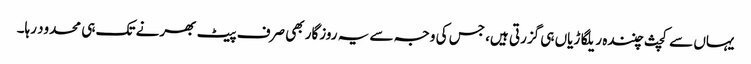
یہاں سے کچث چنندہ ریلگاڑیاں ہی گزرتی ہیں، جس کی وجہ سے یہ روزگار بھی صرف پیٹ بھرنے تک ہی محدود رہا۔